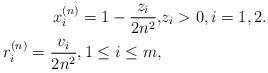
LaTeX: \begin{align*} x_i^{(n)} = 1 - \frac{z_i }{2n^2}, & z_i > 0, i = 1, 2. \\ r_i^{(n)} = \frac{v_i}{2n^2}, 1 \le i \le m, & \end{align*}